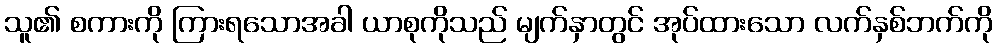
သူ၏ စကားကို ကြားရသောအခါ ယာစုကိုသည် မျက်နှာတွင် အုပ်ထားသော လက်နှစ်ဘက်ကို